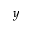
y